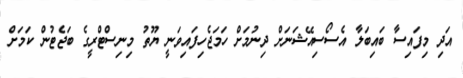
އަދި މިފައިސާ ބައިބަލާ އެސޯސިއޭޝަނަށް ދިނުމަށް ހަމަޖެހިފައިވަނީ ޔޫތު މިނިސްޓްރީގެ ބަޖެޓުން ކަމަށް